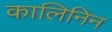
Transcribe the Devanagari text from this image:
कालिनिन